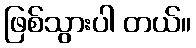
ဖြစ်သွားပါ တယ်။